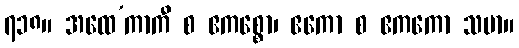
၇၁၈။ အထေ’ကာကီ စ ဧကစ္စော၊ ဧကော စ ဧကကော သမာ။